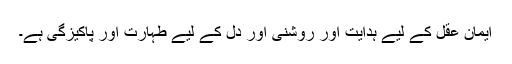
ایمان عقل کے لیے ہدایت اور روشنی اور دل کے لیے طہارت اور پاکیزگی ہے۔